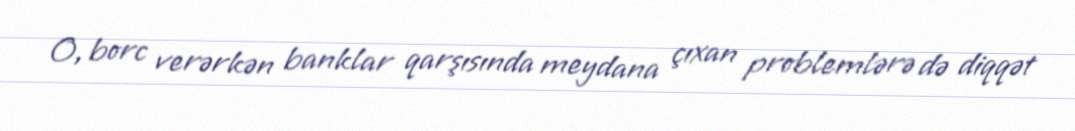
O, borc verərkən banklar qarşısında meydana çıxan problemlərə də diqqət